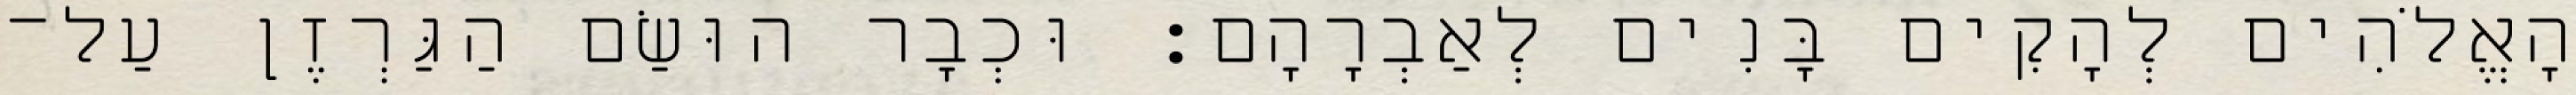
הָאֱלֹהִים לְהָקִים בָּנִים לְאַבְרָהָם׃ וּכְבָר הוּשַׂם הַגַּרְזֶן עַל־